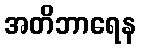
အတိဘာရေန